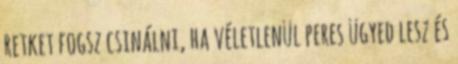
retket fogsz csinálni, ha véletlenül peres ügyed lesz és